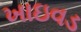
ખાઇવડ